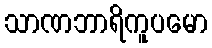
သာဏဘာရိကူပမော